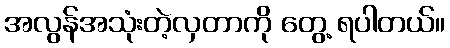
အလွန်အသုံးတဲ့လှတာကို တွေ့ ရပါတယ်။